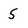
Character: S